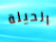
الحيلة